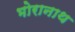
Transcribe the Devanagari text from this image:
भोरानाथ